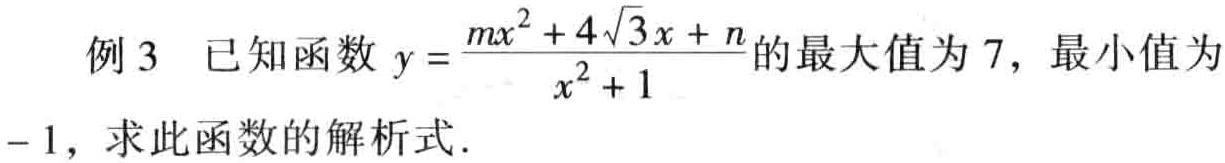
例3 已知函数\(y = \frac{mx^{2} + 4\sqrt{3}x + n}{x^{2} + 1}\)的最大值为\(7\)，最小值为\(- 1\)，求此函数的解析式.